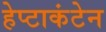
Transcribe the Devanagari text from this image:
हेप्टाकंटेन